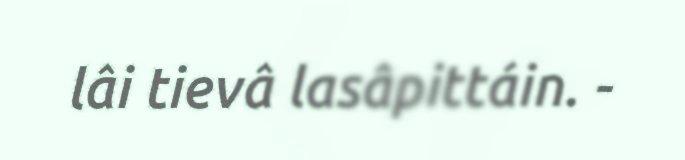
lâi tievâ lasâpittáin. -